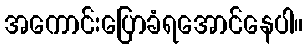
အကောင်းပြောခံရအောင်နေပါ။